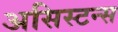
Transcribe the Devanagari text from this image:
असिस्टन्स